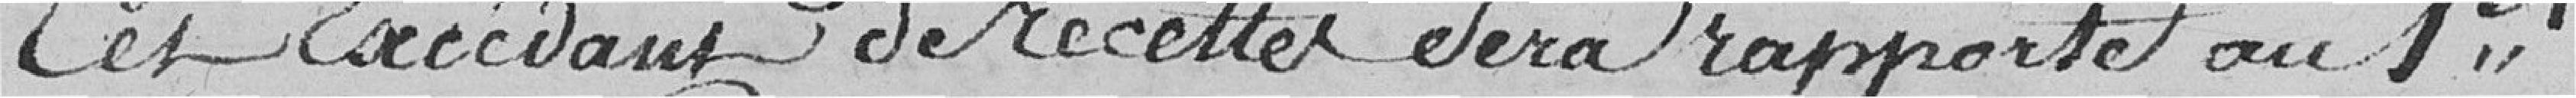
Cet Excédant de recettes sera rapporté au 1er